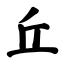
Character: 丘